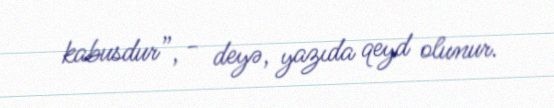
kabusdur”, - deyə, yazıda qeyd olunur.